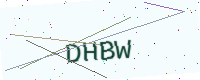
Text: DHBW